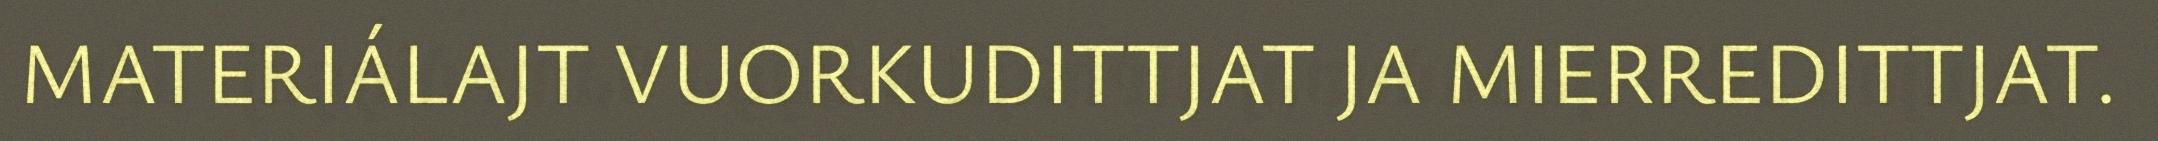
MATERIÁLAJT VUORKUDITTJAT JA MIERREDITTJAT.